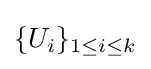
\{U_{i}\}_{1\leq i\leq k}